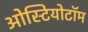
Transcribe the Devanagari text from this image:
ओस्टियोटॉम